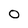
Character: 0